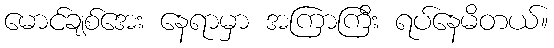
မောင်ချစ်အေး နေရာမှာ အကြာကြီး ရပ်နေမိတယ်။